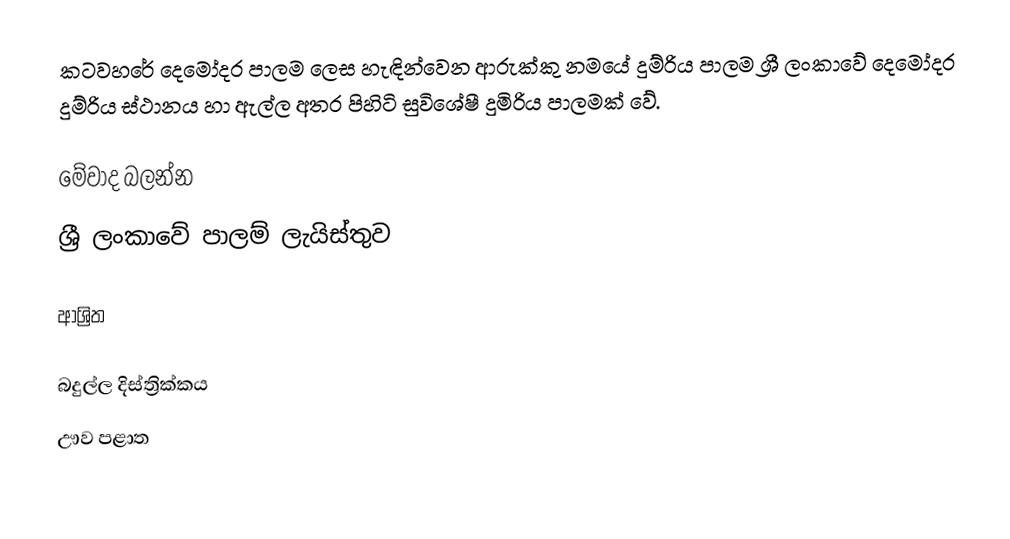
කටවහරේ දෙමෝදර පාලම ලෙස හැඳින්වෙන ආරුක්කු නමයේ දුම්රිය පාලම  ශ්‍රී ලංකාවේ දෙමෝදර දුම්රිය ස්ථානය හා ඇල්ල අතර පිහිටි සුවිශේෂී දුමිරිය පාලමක් වේ.

මේවාද බලන්න
ශ්‍රී ලංකාවේ පාලම් ලැයිස්තුව

ආශ්‍රිත

බදුල්ල දිස්ත්‍රික්කය
ඌව පළාත